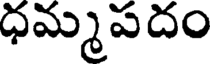
ధమ్మపదం